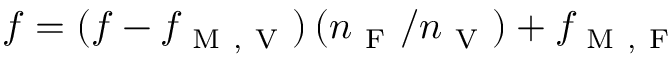
f = ( f - f _ { \mathrm { ~ M ~ , ~ V ~ } } ) \, ( n _ { \mathrm { ~ F ~ } } / n _ { \mathrm { ~ V ~ } } ) + f _ { \mathrm { ~ M ~ , ~ F ~ } }